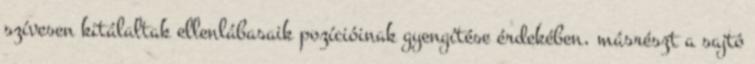
szívesen kitálaltak ellenlábasaik pozícióinak gyengítése érdekében, másrészt a sajtó